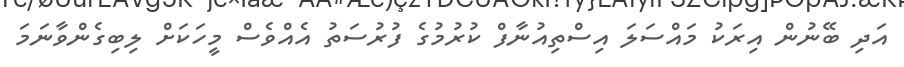
އަދި ބޭނުން އިރަކު މައްސަލަ އިސްތިއުނާފް ކުރުމުގެ ފުރުސަތު އެއްވެސް މީހަކަށް ލިބިގެންވާނަމަ